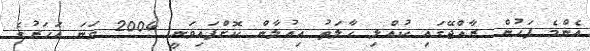
އެންމެ ފަހުން ރާއްޖޭގައި ކުއްލި ހާލަތު އިއުލާން ކޮށްފައިވަނީ 2004 ވަނަ އަހަރުގެ